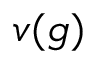
v ( g )